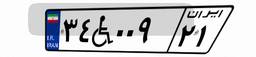
۳۴W۰۰۹۲۱